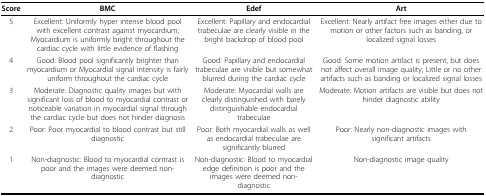
| Score | BMC | Edef | Art |
 | --- | --- | --- | --- |
 | 5 | Excellent: Uniformly hyper intense blood pool with excellent contrast against myocardium; Myocardium is uniformly bright throughout the cardiac cycle with little evidence of flashing | Excellent: Papillary and endocardial trabeculae are clearly visible in the bright backdrop of blood pool | Excellent: Nearly artifact free images either due to motion or other factors such as banding, or localized signal losses |
 | 4 | Good: Blood pool significantly brighter than myocardium or Myocardial signal intensity is fairly uniform throughout the cardiac cycle | Good: Papillary and endocardial trabeculae are visible but somewhat blurred during the cardiac cycle | Good: Some motion artifact is present, but does not affect overall image quality; Little or no other artifacts such as banding or localized signal losses |
 | 3 | Moderate: Diagnostic quality images but with significant loss of blood to myocardial contrast or noticeable variation in myocardial signal through the cardiac cycle but does not hinder diagnosis | Moderate: Myocardial walls are clearly distinguished with barely distinguishable endocardial trabeculae | Moderate: Motion artifacts are visible but does not hinder diagnostic ability |
 | 2 | Poor: Poor myocardial to blood contrast but still diagnostic | Poor: Both myocardial walls as well as endocardial trabeculae are significantly blurred | Poor: Nearly non-diagnostic images with significant artifacts |
 | 1 | Non-diagnostic: Blood to myocardial contrast is poor and the images were deemed non-diagnostic | Non-diagnostic: Blood to myocardial edge definition is poor and the images were deemed non-diagnostic | Non-diagnostic image quality |